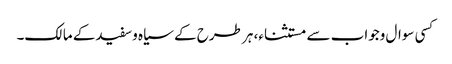
کسی سوال وجواب سے مستثناء، ہر طرح کے سیاہ وسفیدکے مالک۔